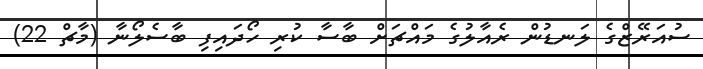
ސުއަރޭޒްގެ ލަނޑުން ރެއާލުގެ މައްޗަށް ބާސާ ކުރި ހޯދައިފި ބާސެލޯނާ (މާޗް 22)